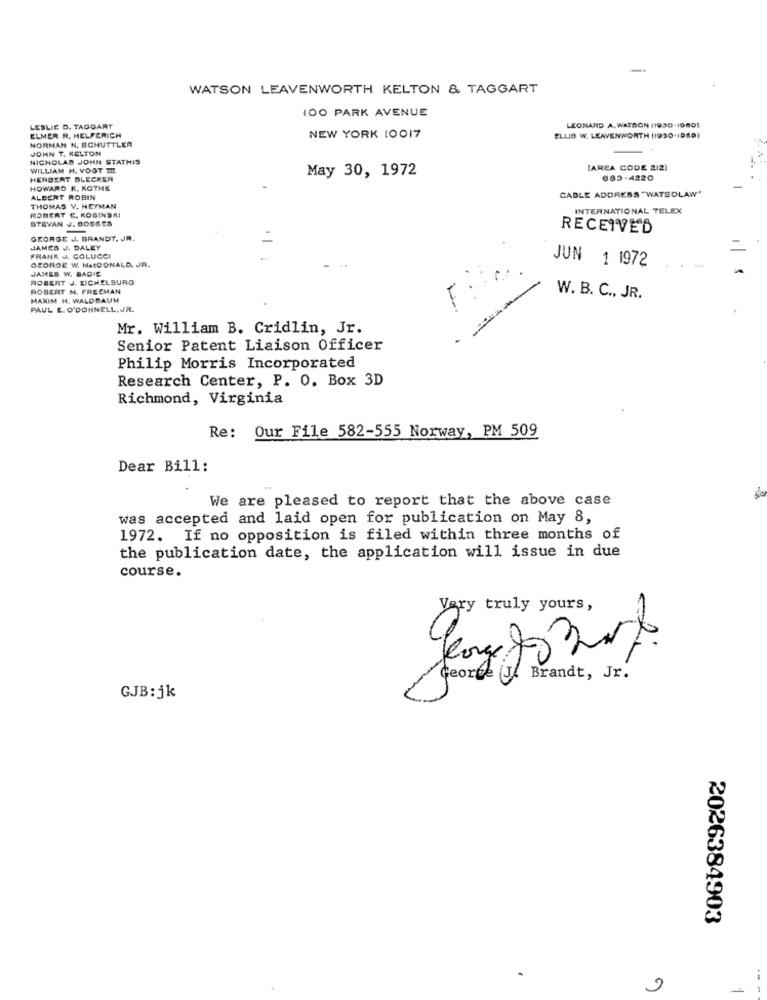
WATSON LEAVENWORTH KELTON & TAGGART
100 PARK AVENUE
LESLIE D. TAGGART
ELMER R. HELFERICH
LEONARD A. WATSON (1930-19601
NORMAN N. SCHUTTLER
NEW YORK 10017
ELLIS W. LEAVENWORTH (1930-1980)
JOHN T. KELTON
NICHOLAS JOHN STATHIS
WILLIAM H. VOGT TI
May 30, 1972
[AREA CODE 212)
HERBERT BLECKER
603-4220
HOWARD K. KOTHE
CABLE ADDRESS "WATSOLAW"
ALBERT ROBIN
ROBERT E. KOSINSKI
THOMAS V. HEYMAN
INTERNATIONAL TELEX
STEVAN J. 0068ES
RECEIVED
GEORGE J. BRANDT, JR.
JAMES J. DALEY
FRANK J. COLUCCI
GEORGE W. MACDONALD. JR.
JAMES W. BADIE
JUN 1 1972
ROBERT J. EICHELSURO
ROBERT M. FREEMAN
MAXIM H. WALDBAUM
W. B. C ., JR.
PAUL E. O'DONNELL, JR.
Mr. William B. Cridlin, Jr.
Senior Patent Liaison Officer
Philip Morris Incorporated
Research Center, P. O. Box 3D
Richmond, Virginia
Re: Our File 582-555 Norway, PM 509
Dear Bill:
We are pleased to report that the above case
was accepted and laid open for publication on May 8,
1972. If no opposition is filed within three months of
the publication date, the application will issue in due
course.
Very truly yours,
2,
George (J. Brandt, Jr.
GJB:jk
2026384903
- 1